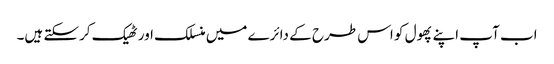
اب آپ اپنے پھول کو اس طرح کے دائرے میں منسلک اور ٹھیک کرسکتے ہیں۔